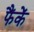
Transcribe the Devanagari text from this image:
फैंकें